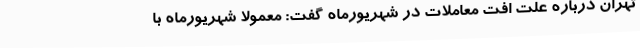
تهران درباره علت افت معاملات در شهریورماه گفت: معمولا شهریورماه با